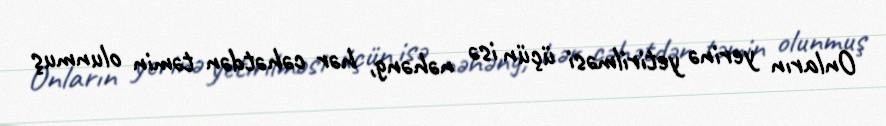
Onların yerinə yetirilməsi üçün isə nəhəng, hər cəhətdən təmin olunmuş